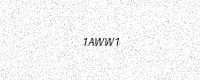
Text: 1AWW1